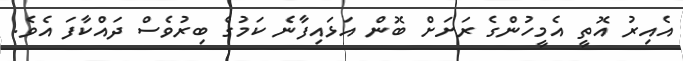
އެއިރު އޮތީ އެމީހުންގެ ރަށަށް ބޮން އަޅައިފާނެ ކަމުގެ ބިރުވެސް ދައްކާފަ އެވެ.